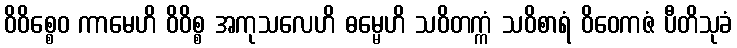
ဝိဝိစ္စေဝ ကာမေဟိ ဝိဝိစ္စ အကုသလေဟိ ဓမ္မေဟိ သဝိတက္ကံ သဝိစာရံ ဝိဝေကဇံ ပီတိသုခံ